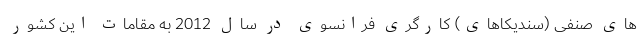
های صنفی (سندیکاهای) کارگری فرانسوی در سال 2012 به مقامات این کشور